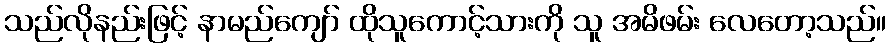
သည်လိုနည်းဖြင့် နာမည်ကျော် ထိုသူကောင့်သားကို သူ အမိဖမ်း လေတော့သည်။